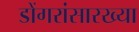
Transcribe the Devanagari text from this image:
डोंगरांसारख्या